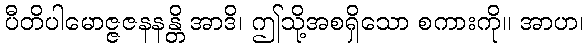
ပီတိပါမောဇ္ဇဇနနန္တိ အာဒိ၊ ဤသို့အစရှိသော စကားကို။ အာဟ၊